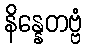
နိန္နေတဗ္ဗံ